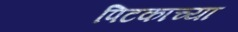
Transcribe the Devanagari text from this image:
पिटकाच्या